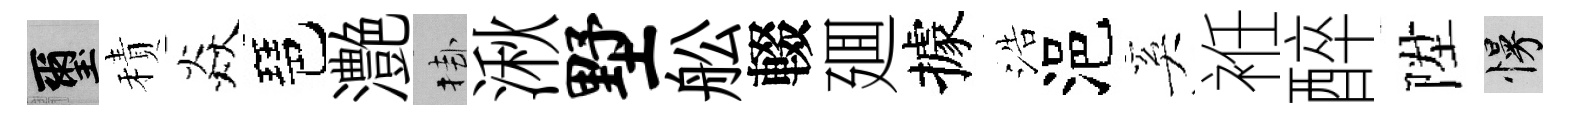
璽積焱琶灔挂湫墅舩輟廽據浩浥奚袵醉陞慢